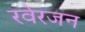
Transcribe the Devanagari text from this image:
रवेरजन